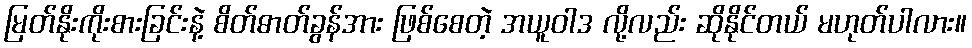
မြတ်နိုးကိုးစားခြင်းနဲ့ စိတ်ဓာတ်ခွန်အား ဖြစ်စေတဲ့ အယူဝါဒ လို့လည်း ဆိုနိုင်တယ် မဟုတ်ပါလား။